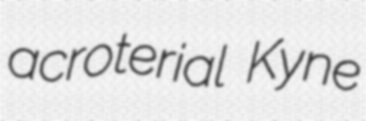
acroterial Kyne